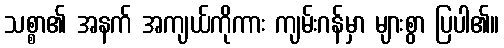
သစ္စာ၏ အနက် အကျယ်ကိုကား ကျမ်းဂန်မှာ များစွာ ပြပါ၏။